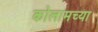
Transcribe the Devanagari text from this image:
कोलामच्या